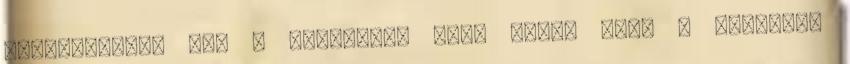
fantáziáját. Azt a feladatot adta neki, hogy a testvére